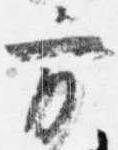
方